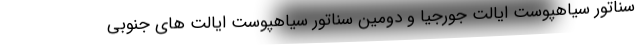
سناتور سیاهپوست ایالت جورجیا و دومین سناتور سیاهپوست ایالت های جنوبی